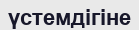
үстемдігіне